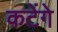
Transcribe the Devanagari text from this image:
कटेंगे